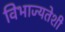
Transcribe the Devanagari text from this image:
विभाज्यतेशी